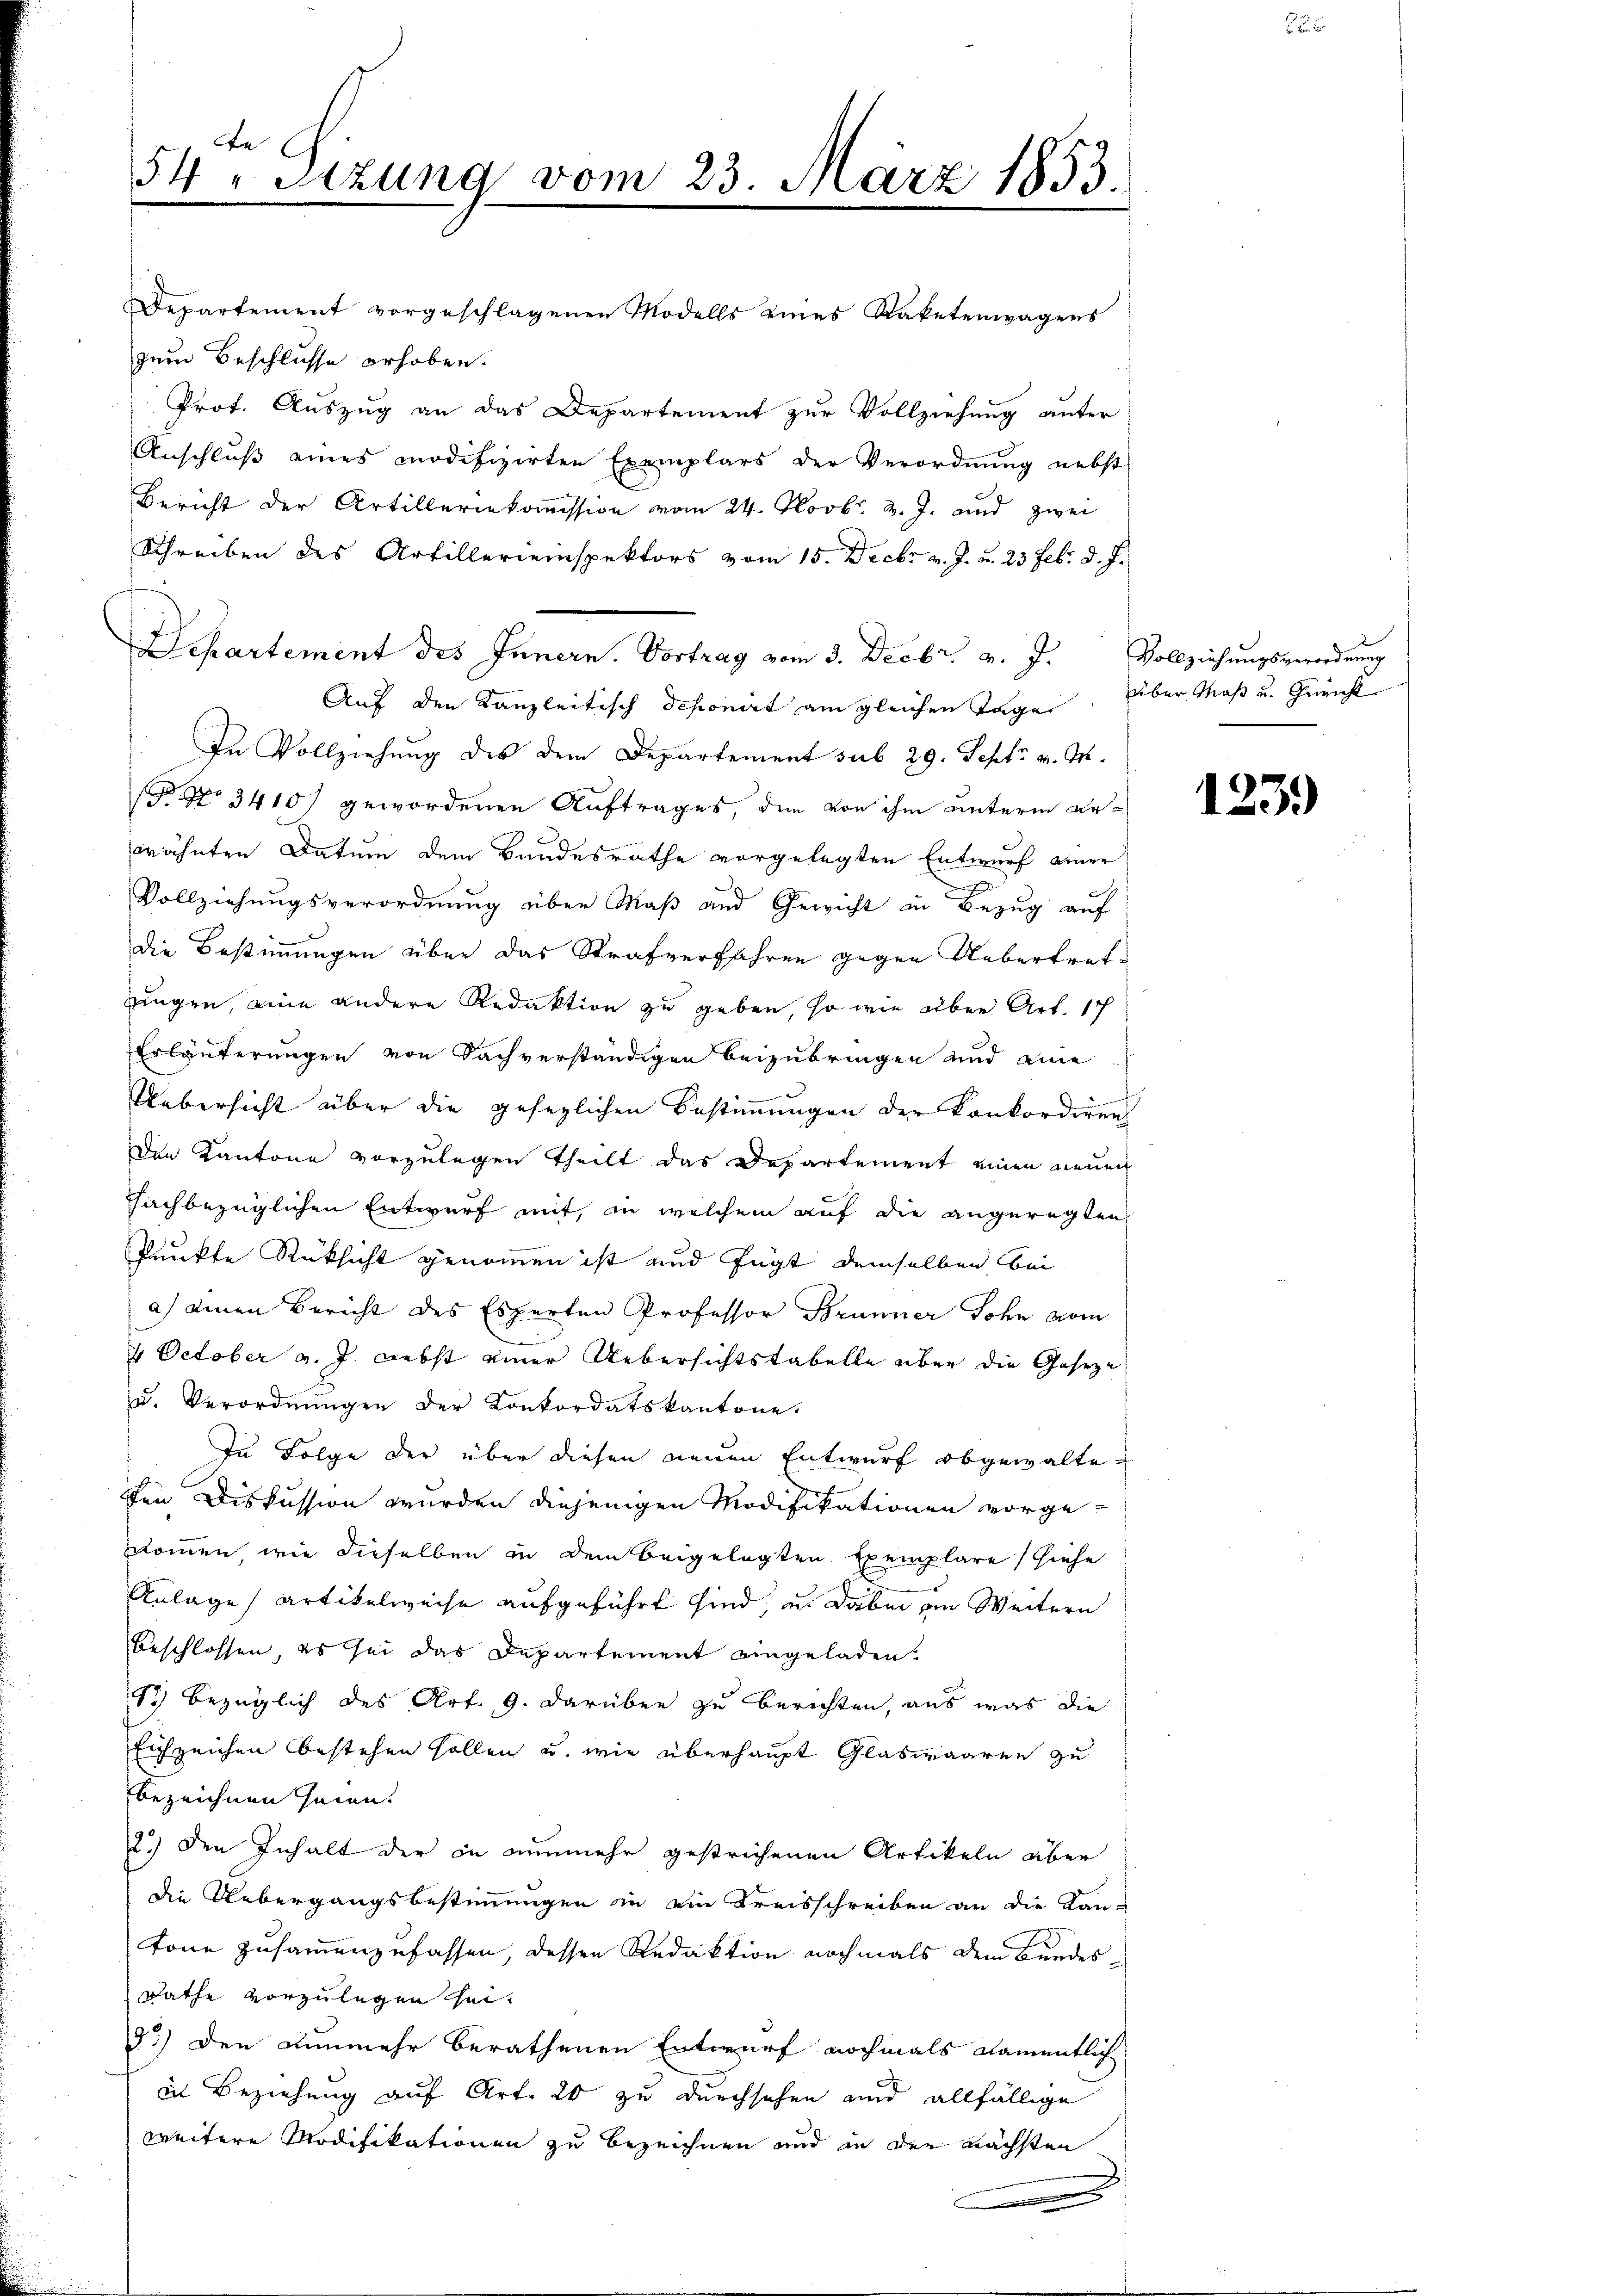
e
54. Sitzung vom 23. März 1853.

Departement vorgeschlagenen Modells eines Raketenwagens
zum Beschlusse erhoben.
Prot. Auszug an das Departement zur Vollziehung unter
Anschluß eines modifizirten Exemplars der Verordnung nebst
Bericht der Artilleriekommission vom 24. Novbr. v. J. und zwei
Schreiben des Artillereinspektors vom 15. Decbr v. J. u. 23 Febr. d. J.
Departement des Innern. Vortrag vom 3. Decbr. v. J. Vollziehŭngsverordnung
Auf den Kanzleitisch deponirt am gleichen Tage. Über Maß u. Gericht
In Vollziehung des dem Departement sub 29. Sept. v. M.
 No 3410/ gewordenen Auftrages, den von ihm unterm Rerähnten Datum dem Bundesrathe vorgelegten Entwurf einer
Vollziehungsverordnung über Maß und Gewicht in Bezug auf
Die Bestimmungen über das Strafverfahren gegen Uebertretzingen, eine andere Redaktion zu geben, so wie über Art. 17
Erläuterungen von Sachverständigen beizubringen und eine
Uebersicht über die gesezlichen Bestimmungen der Konkordiren
den Kantone vorzulegen Theilt das Departement einen neuen
Fachbezüglichen Entwurf mit, in welchem auf die angeregten
Punkte Rücksicht genommen ist und fügt demselben bei
a) einen Bericht des Esperten Professor Brunner Sohn vom

4 October v. J. nebst einer Uebersichtstabelle über die Geseze
zu. Verordnungen der Konkordatskantone.
In Folge der über diesen neuen Entwurf abgewalte
en Diskussion wurden diejenigen Modifikationen vorgekommen wie dieselben in dem beigelegten Exemplare (siehe
Anlage artikelweise aufgeführt sind, u. dabei im Weitern
beschlossen, es sei das Departement eingeladen.
13) bezüglich des Art. 9. darüber zu berichten, aus was die
Eichzeichen bestehen sollen u. wie überhaupt Glaswaaren zu
bezeichnen seien.
2.) den Inhalt der in nunmehr gestrichenen Artikeln aber
die Uebergangsbestimmungen in ein Kreisschreiben an die Kan-
tone zusammenzufassen, dessen Redaktion nochmals dem Bundes¬
Rathe vorzulegen hei¬
5.) Den nunmehr berathenen Entwurf nochmals namentlich
in Beziehung auf Art. 20 zu durchsehen und allfällige
weitere Modifikationen zu bezeichnen und in den nächsten
d

1239)